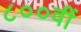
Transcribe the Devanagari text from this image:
८००वीं